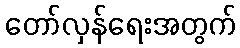
တော်လှန်ရေးအတွက်